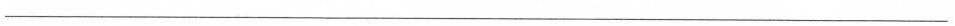
___